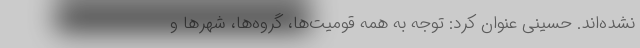
نشده‌اند. حسینی عنوان کرد: توجه به همه قومیت‌ها، گروه‌ها، شهرها و